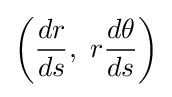
\left({\frac {dr}{ds}},\ r{\frac {d\theta }{ds}}\right)